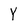
Character: Y